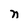
Character: n